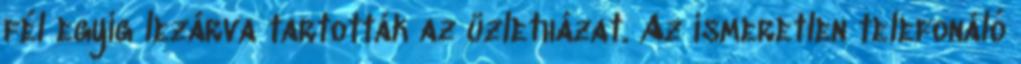
fél egyig lezárva tartották az üzletházat. Az ismeretlen telefonáló